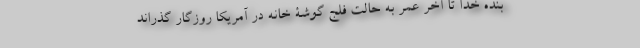
بنده خدا تا آخر عمر به حالت فلج گوشۀ خانه در آمریکا روزگار گذراند